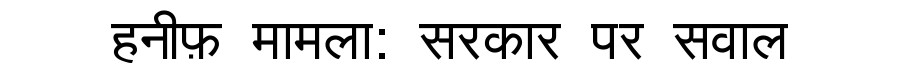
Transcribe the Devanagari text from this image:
हनीफ़ मामला: सरकार पर सवाल